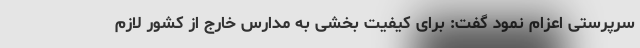
سرپرستی اعزام نمود گفت: برای کیفیت بخشی به مدارس خارج از کشور لازم